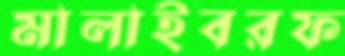
মালাইবরফ